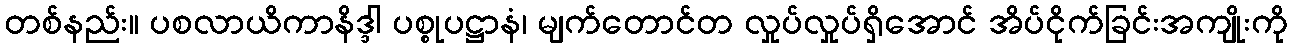
တစ်နည်း။ ပစလာယိကာနိဒ္ဒါ ပစ္စုပဋ္ဌာနံ၊ မျက်တောင်တ လှုပ်လှုပ်ရှိအောင် အိပ်ငိုက်ခြင်းအကျိုးကို